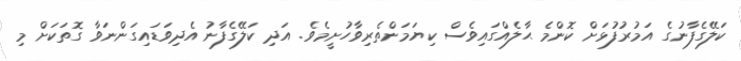
ކަލޭގެފާނުގެ އަމުރުފުޅަށް ކޮންމެ ޙާލެއްގައިވެސް ކިޔަމަންތެރިވާހުށީމެވެ. އަދި ކަލޭގެފާނު އެދިވަޑައިގަންނަވާ ގޮތަކަށް މި